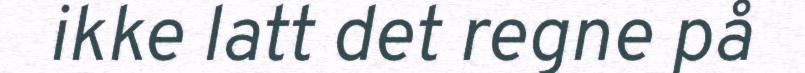
ikke latt det regne på